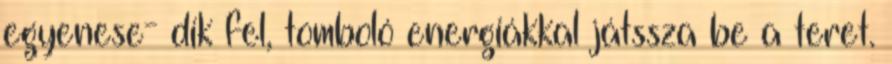
egyenese- dik fel, tomboló energiákkal játssza be a teret.